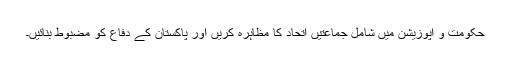
حکومت و اپوزیشن میں شامل جماعتیں اتحاد کا مظاہرہ کریں اور پاکستان کے دفاع کو مضبوط بنائیں۔